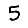
Digit: 5